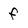
Character: f